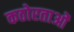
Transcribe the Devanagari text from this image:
कठोरताओं